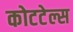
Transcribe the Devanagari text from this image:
कोटटेल्स